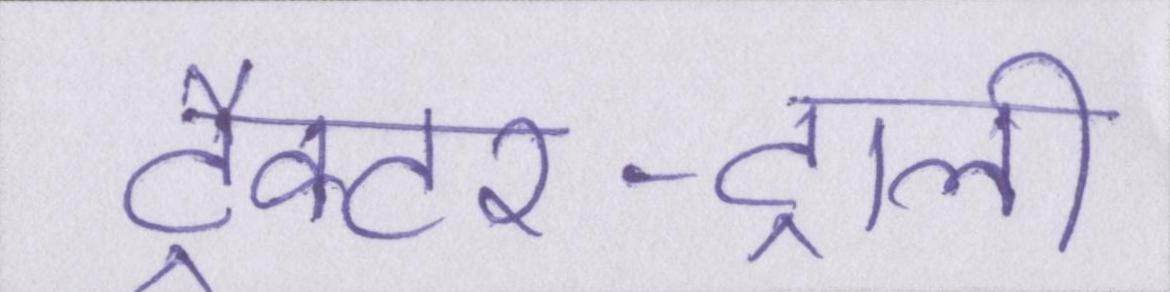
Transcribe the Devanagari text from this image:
ट्रैक्टर-ट्राली